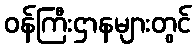
ဝန်ကြီးဌာနများတွင်